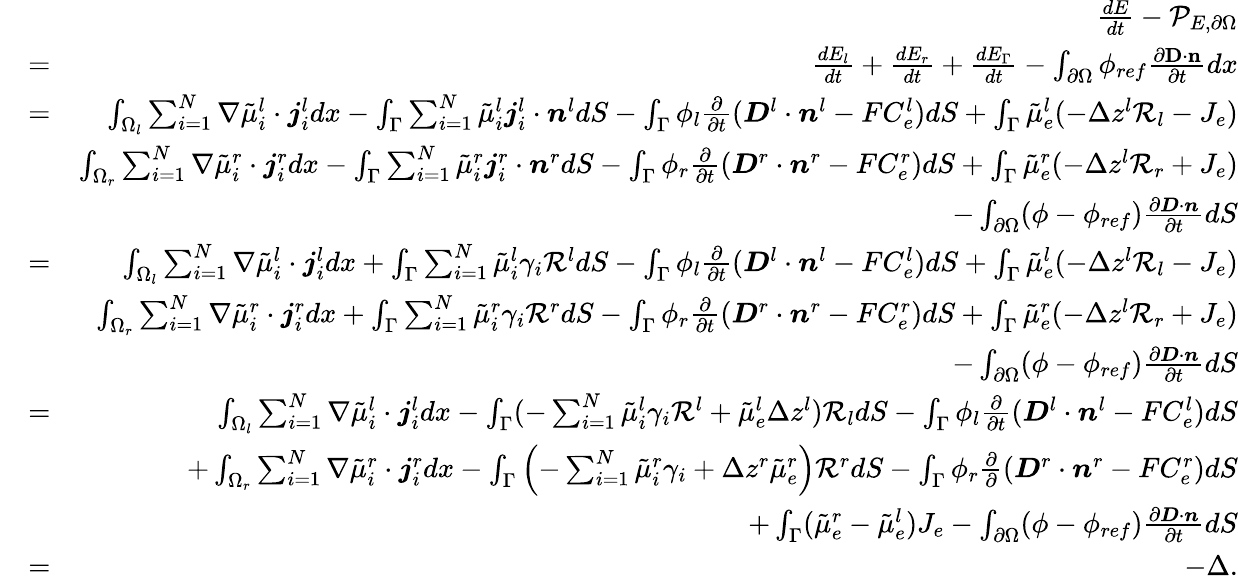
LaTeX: \begin{array}{rlr}&{}&{\frac{dE}{dt}-\mathcal{P}_{E,\partial\Omega}}\\ &{=}&{\frac{dE_{l}}{dt}+\frac{dE_{r}}{dt}+\frac{dE_{\Gamma}}{dt}-\int_{\partial\Omega}\phi_{ref}\frac{\partial\mathbf{D}\cdot\mathbf{n}}{\partial t}dx}\\ &{=}&{\int_{\Omega_{l}}\sum_{i=1}^{N}\nabla\tilde{\mu}_{i}^{l}\cdot\boldsymbol{j}_{i}^{l}dx-\int_{\Gamma}\sum_{i=1}^{N}\tilde{\mu}_{i}^{l}\boldsymbol{j}_{i}^{l}\cdot\boldsymbol{n}^{l}dS-\int_{\Gamma}\phi_{l}\frac{\partial}{\partial t}(\boldsymbol{D}^{l}\cdot\boldsymbol{n}^{l}-FC_{e}^{l})dS+\int_{\Gamma}\tilde{\mu}_{e}^{l}(-\Delta z^{l}\mathcal{R}_{l}-J_{e})}\\ &{}&{\int_{\Omega_{r}}\sum_{i=1}^{N}\nabla\tilde{\mu}_{i}^{r}\cdot\boldsymbol{j}_{i}^{r}dx-\int_{\Gamma}\sum_{i=1}^{N}\tilde{\mu}_{i}^{r}\boldsymbol{j}_{i}^{r}\cdot\boldsymbol{n}^{r}dS-\int_{\Gamma}\phi_{r}\frac{\partial}{\partial t}(\boldsymbol{D}^{r}\cdot\boldsymbol{n}^{r}-FC_{e}^{r})dS+\int_{\Gamma}\tilde{\mu}_{e}^{r}(-\Delta z^{l}\mathcal{R}_{r}+J_{e})}\\ &{}&{-\int_{\partial\Omega}(\phi-\phi_{ref})\frac{\partial\boldsymbol{D}\cdot\boldsymbol{n}}{\partial t}dS}\\ &{=}&{\int_{\Omega_{l}}\sum_{i=1}^{N}\nabla\tilde{\mu}_{i}^{l}\cdot\boldsymbol{j}_{i}^{l}dx+\int_{\Gamma}\sum_{i=1}^{N}\tilde{\mu}_{i}^{l}\gamma_{i}\mathcal{R}^{l}dS-\int_{\Gamma}\phi_{l}\frac{\partial}{\partial t}(\boldsymbol{D}^{l}\cdot\boldsymbol{n}^{l}-FC_{e}^{l})dS+\int_{\Gamma}\tilde{\mu}_{e}^{l}(-\Delta z^{l}\mathcal{R}_{l}-J_{e})}\\ &{}&{\int_{\Omega_{r}}\sum_{i=1}^{N}\nabla\tilde{\mu}_{i}^{r}\cdot\boldsymbol{j}_{i}^{r}dx+\int_{\Gamma}\sum_{i=1}^{N}\tilde{\mu}_{i}^{r}\gamma_{i}\mathcal{R}^{r}dS-\int_{\Gamma}\phi_{r}\frac{\partial}{\partial t}(\boldsymbol{D}^{r}\cdot\boldsymbol{n}^{r}-FC_{e}^{r})dS+\int_{\Gamma}\tilde{\mu}_{e}^{r}(-\Delta z^{l}\mathcal{R}_{r}+J_{e})}\\ &{}&{-\int_{\partial\Omega}(\phi-\phi_{ref})\frac{\partial\boldsymbol{D}\cdot\boldsymbol{n}}{\partial t}dS}\\ &{=}&{\int_{\Omega_{l}}\sum_{i=1}^{N}\nabla\tilde{\mu}_{i}^{l}\cdot\boldsymbol{j}_{i}^{l}dx-\int_{\Gamma}(-\sum_{i=1}^{N}\tilde{\mu}_{i}^{l}\gamma_{i}\mathcal{R}^{l}+\tilde{\mu}_{e}^{l}\Delta z^{l})\mathcal{R}_{l}dS-\int_{\Gamma}\phi_{l}\frac{\partial}{\partial t}(\boldsymbol{D}^{l}\cdot\boldsymbol{n}^{l}-FC_{e}^{l})dS}\\ &{}&{+\int_{\Omega_{r}}\sum_{i=1}^{N}\nabla\tilde{\mu}_{i}^{r}\cdot\boldsymbol{j}_{i}^{r}dx-\int_{\Gamma}\left(-\sum_{i=1}^{N}\tilde{\mu}_{i}^{r}\gamma_{i}+\Delta z^{r}\tilde{\mu}_{e}^{r}\right)\mathcal{R}^{r}dS-\int_{\Gamma}\phi_{r}\frac{\partial}{\partial}(\boldsymbol{D}^{r}\cdot\boldsymbol{n}^{r}-FC_{e}^{r})dS}\\ &{}&{+\int_{\Gamma}(\tilde{\mu}_{e}^{r}-\tilde{\mu}_{e}^{l})J_{e}-\int_{\partial\Omega}(\phi-\phi_{ref})\frac{\partial\boldsymbol{D}\cdot\boldsymbol{n}}{\partial t}dS}\\ &{=}&{-\Delta.}\end{array}